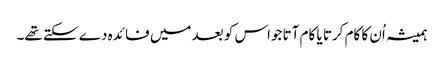
ہمیشہ اُن کا کام کرتا یا کام آتا جواس کو بعد میں فا ئدہ دے سکتے تھے۔